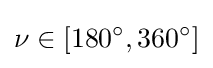
\nu \in [180^{\circ },360^{\circ }]